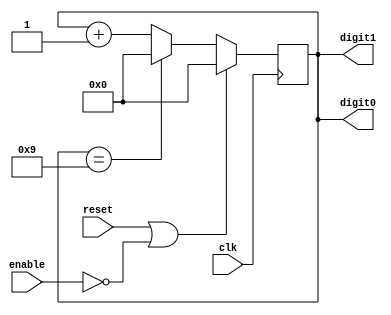
module BCD_Counter(
    input clk,
    input reset,
    input enable,
    output reg [3:0] digit1,
    output reg [3:0] digit0
);

reg [3:0] count;

always @(posedge clk) begin
    if (reset || !enable) begin
        count <= 4'b0000;
    end else begin
        if (count == 4'b1001) begin
            count <= 4'b0000;
        end else begin
            count <= count + 4'b0001;
        end
    end
end

assign digit1 = count[3:0];
assign digit0 = count[3:0];

endmodule